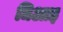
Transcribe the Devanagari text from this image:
धिआइ